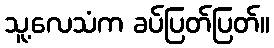
သူ့လေသံက ခပ်ပြတ်ပြတ်။